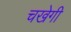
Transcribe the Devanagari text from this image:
चखेगी